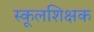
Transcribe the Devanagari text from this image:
स्कूलशिक्षक